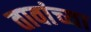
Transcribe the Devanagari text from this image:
तावांच्या